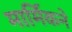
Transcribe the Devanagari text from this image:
मार्मिकने